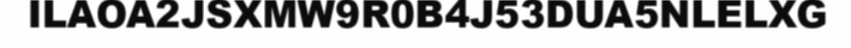
ILAOA2JSXMW9R0B4J53DUA5NLELXG